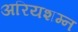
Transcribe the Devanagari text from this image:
अरियशम्न